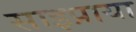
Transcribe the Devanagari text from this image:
साइप्राया